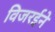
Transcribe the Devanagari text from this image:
विजरईने